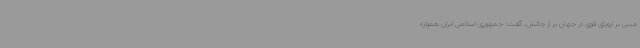
مبنی بر اروپای قوی در جهان پر از چالش، گفت: جمهوری اسلامی ایران همواره